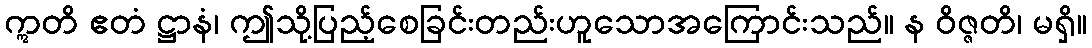
ဣတိ ဧတံ ဋ္ဌာနံ၊ ဤသို့ပြည့်စေခြင်းတည်းဟူသောအကြောင်းသည်။ န ဝိဇ္ဇတိ၊ မရှိ။